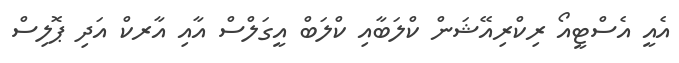
އެއީ އެސްޓީއޯ ރިކްރިއޭޝަން ކްލަބާއި ކްލަބް އީގަލްސް އާއި އާރކް އަދި ޕޮލިސް